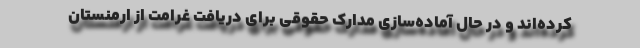
کرده‌اند و در حال آماده‌سازی مدارک حقوقی برای دریافت غرامت از ارمنستان